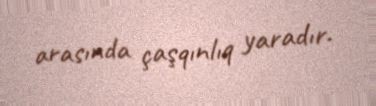
arasında çaşqınlıq yaradır.